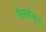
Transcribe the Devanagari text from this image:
गैरस्वीकृत